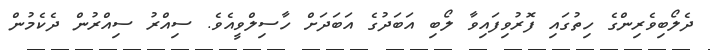
ދެލޯބިވެރިންގެ ހިތުގައި ފޮރުވިފައިވާ ލޯބި އަބަދުގެ އަބަދަށް ހާސިލްވީއެވެ. ސިއްރު ސިއްރުން ދެކެމުން